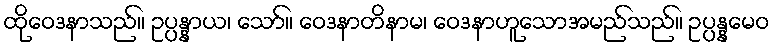
ထိုဝေဒနာသည်။ ဥပ္ပန္နာယ၊ သော်။ ဝေဒနာတိနာမ၊ ဝေဒနာဟူသောအမည်သည်။ ဥပ္ပန္နမေဝ